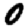
Digit: 0